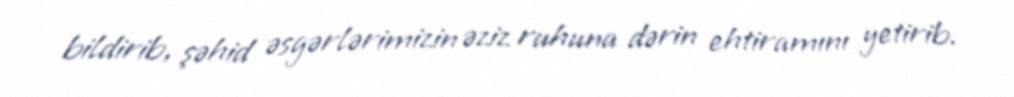
bildirib, şəhid əsgərlərimizin əziz ruhuna dərin ehtiramını yetirib.